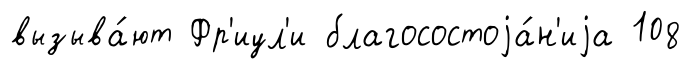
вызыва́ют Фр'иул'и благосостоjа́н'иjа 108